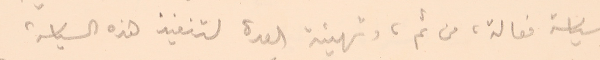
سياسة فعالة، من ثم، وتهيئة العِدة لتنفيذ هذه السياسة